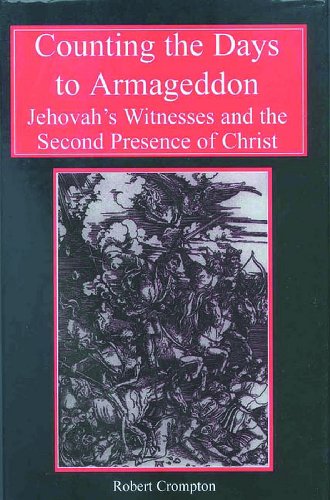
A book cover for Counting the Days to Armageddon: Jehovah's Witnesses and the Second Presence of Christ; Robert Crompton; Christian Books & Bibles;